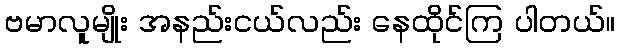
ဗမာလူမျိုး အနည်းငယ်လည်း နေထိုင်ကြ ပါတယ်။